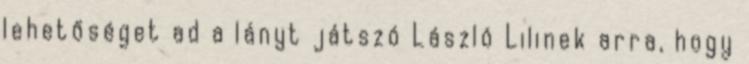
lehetőséget ad a lányt játszó László Lilinek arra, hogy